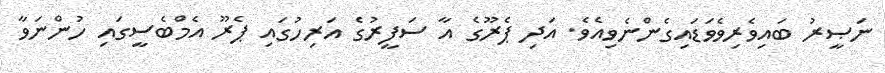
ނަޞީރު ބައިވެރިވެވަޑައިގެންނެވިއެވެ. އަދި ޕެރޫގެ އާ ސަފީރުގެ އަރިހުގައި ޕެރޫ އެމްބެސީގައި ހުންނަވާ